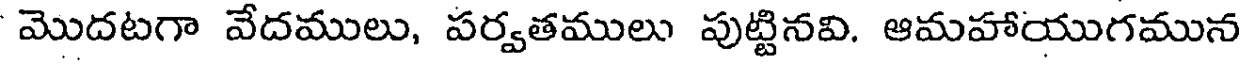
మొదటగా వేదములు, పర్వతములు పుట్టినవి. ఆమహాయుగమున